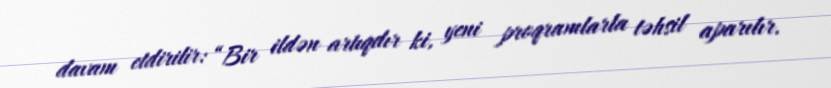
davam etdirilir: “Bir ildən artıqdır ki, yeni proqramlarla təhsil aparılır.